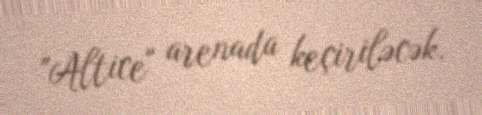
"Altice" arenada keçiriləcək.